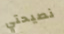
نصيحتي